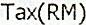
TAX(RM)